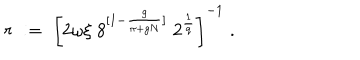
r \; : = \; \bigg [ 2 \omega \xi \; 8 ^ { [ 1 - \frac { g } { \pi + g N } ] } \; 2 ^ { \frac { 1 } { q } } \bigg ] ^ { - 1 } \; .